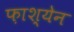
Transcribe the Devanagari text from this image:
फ़ाश्येन